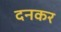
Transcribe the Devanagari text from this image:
दनकर